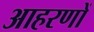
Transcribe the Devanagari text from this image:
आहरणों